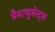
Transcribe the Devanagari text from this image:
मैसाचुसेत्ट्स